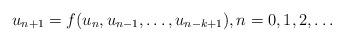
LaTeX: \begin{align*}u_{n+1}=f(u_n,u_{n-1}, \dots, u_{n-k+1}), n=0,1,2,\dots \end{align*}